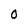
Character: 0